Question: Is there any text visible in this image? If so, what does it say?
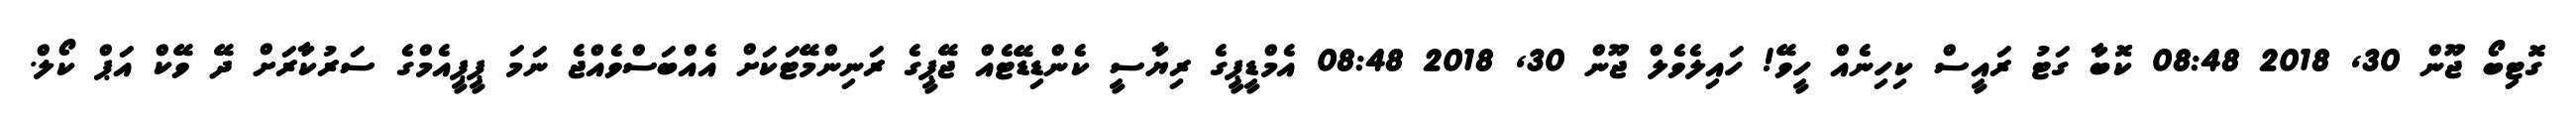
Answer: ގޮޓިބޯ ޖޫން 30, 2018 08:48 ކޮބާ ގަޓު ރައީސް ކިހިނެއް ހީވޭ! ހައިލެވެލް ޖޫން 30, 2018 08:48 އެމްޑީޕީގެ ރިޔާސީ ކެންޑިޑޭޓެއް ޖޭޕީގެ ރަނިންމޭޓަކަށް އެއްބަސްވެއްޖެ ނަމަ ޕީޕީއެމްގެ ސަރުކާރަށް ދޭ ވޭކް އަޕް ކޯލް.